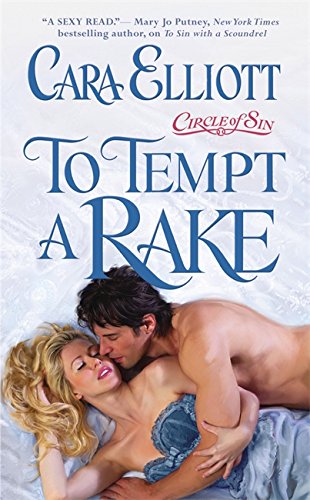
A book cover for To Tempt a Rake (Circle of Sin); Cara Elliott; Romance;